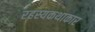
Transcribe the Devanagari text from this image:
रहस्यकथाकार